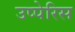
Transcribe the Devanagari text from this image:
उप्पेरिस